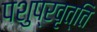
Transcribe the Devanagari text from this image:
पशुप्रवृत्ति